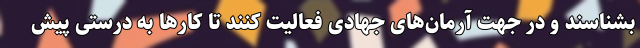
بشناسند و در جهت آرمان‌های جهادی فعالیت کنند تا کارها به درستی پیش